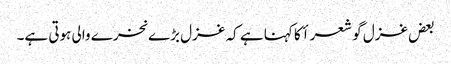
بعض غزل گو شعرأ کا کہنا ہے کہ غزل بڑے نخرے والی ہوتی ہے۔